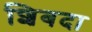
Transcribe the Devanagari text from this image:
शिबदा